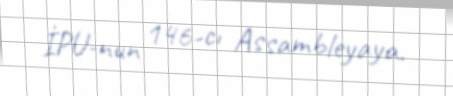
İPU-nun 146-cı Assambleyaya.